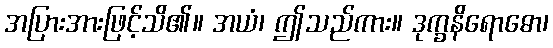
အပြားအားဖြင့်သိ၏။ အယံ၊ ဤသည်ကား။ ဒုက္ခနိရောဓော၊